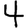
Digit: 4